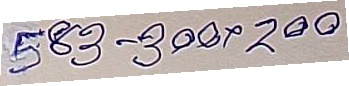
583 - 300 x 200